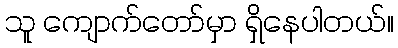
သူ ကျောက်တော်မှာ ရှိနေပါတယ်။